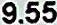
9.55